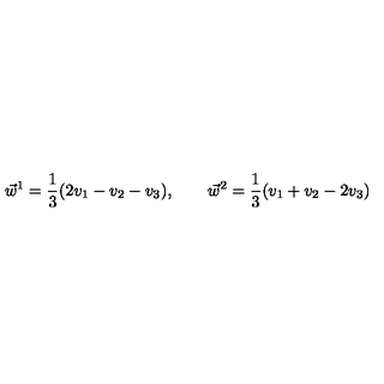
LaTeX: \vec { w } ^ { 1 } = \frac { 1 } { 3 } ( 2 v _ { 1 } - v _ { 2 } - v _ { 3 } ) , \qquad \vec { w } ^ { 2 } = \frac { 1 } { 3 } ( v _ { 1 } + v _ { 2 } - 2 v _ { 3 } )